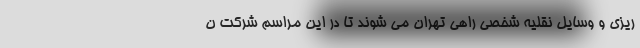
ریزی و وسایل نقلیه شخصی راهی تهران می شوند تا در این مراسم شرکت ن